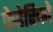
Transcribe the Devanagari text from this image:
फेडेरिको